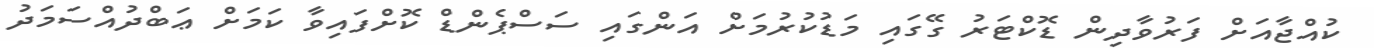
ކުއްޖާއަށް ފަރުވާދިން ޑޮކްޓަރު ގޭގައި މަޑުކުރުމަށް އަންގައި ސަސްޕެންޑް ކޮށްފައިވާ ކަމަށް ޢަބްދުއްސަމަދު